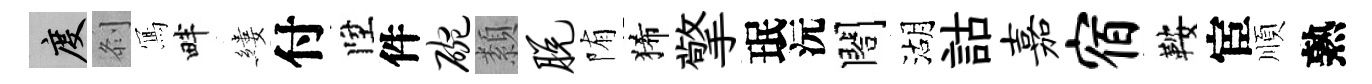
度𠛴𭂁畔縷付陞件碗纇脱陏狶擎珉沅閤湖詁嘉宿鞍宦順熟